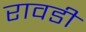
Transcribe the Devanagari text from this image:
रावडी